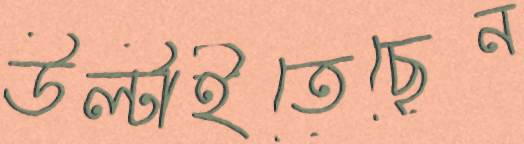
উল্‌টাইতেছেন